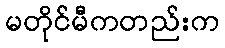
မတိုင်မီကတည်းက